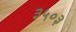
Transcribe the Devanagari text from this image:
३५०३